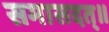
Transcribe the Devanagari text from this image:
समासदत्॥